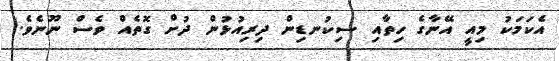
އެކަމަކު މިއީ އޭނާގެ ހިތާއި ސިކުނޑިން ދިރިއުޅުން ދުށް ގޮތެއް ވެސް ނޫނެވެ.